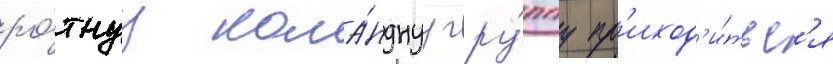
ро́тнуу кома́нднуу гру́ппу пр'иход'и́тьс'я